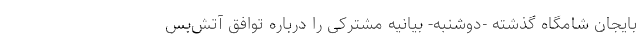
بایجان شامگاه گذشته -دوشنبه- بیانیه مشترکی را درباره توافق آتش‌بس